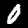
Digit: 0